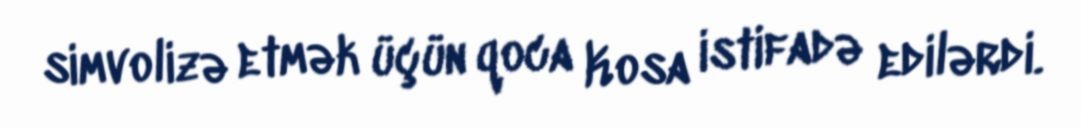
simvolizə etmək üçün qoca Kosa istifadə edilərdi.